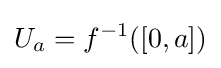
U_{a}=f^{-1}([0,a])